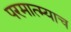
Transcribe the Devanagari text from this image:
परमात्म्याच